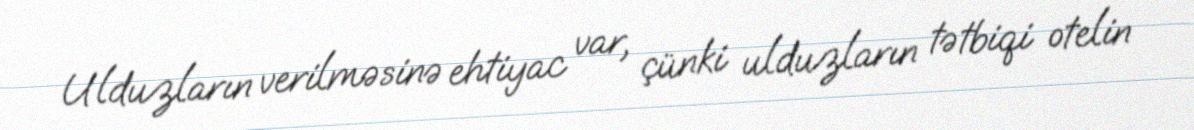
Ulduzların verilməsinə ehtiyac var, çünki ulduzların tətbiqi otelin